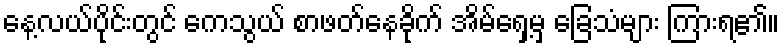
နေ့လယ်ပိုင်းတွင် ကေသွယ် စာဖတ်နေခိုက် အိမ်ရှေ့မှ ခြေသံများ ကြားရ၏။